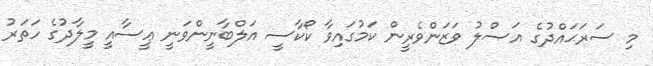
މި ސަރަޙައްދުގެ އަޞްލު ވަޒަންވެރީން ކަމުގައިވާ ކޯކާސީ އަލްބާނީންވަނީ ޢީސާއީ މީލާދުގެ ހަތަރު